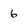
Character: 6